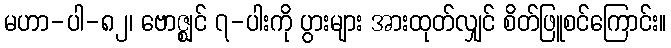
မဟာ-ပါ-၈၂၊ ဗောဇ္ဈင် ၇-ပါးကို ပွားများ အားထုတ်လျှင် စိတ်ဖြူစင်ကြောင်း။